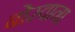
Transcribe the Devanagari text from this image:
बोस्वाना